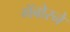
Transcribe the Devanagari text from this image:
गॅबोरने